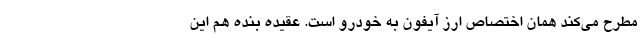
مطرح می‌کند همان اختصاص ارز آیفون به خودرو است. عقیده بنده هم این